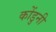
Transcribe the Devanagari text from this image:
कोंडुनी